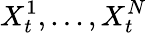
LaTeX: X_{t}^{1},...,X_{t}^{N}